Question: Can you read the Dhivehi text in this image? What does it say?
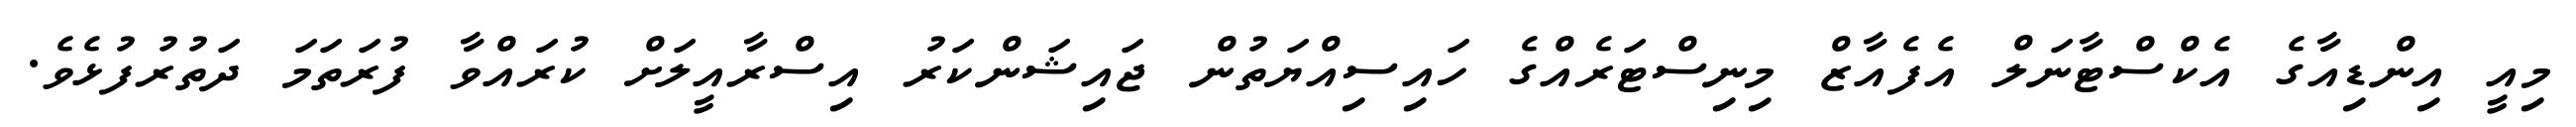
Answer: މިއީ އިންޑިއާގެ އެކްސްޓާނަލް އެފެއާޒް މިނިސްޓަރެއްގެ ހައިސިއްޔަތުން ޖައިޝަންކަރު އިސްރާއީލަށް ކުރައްވާ ފުރަތަމަ ދަތުރުފުޅެވެ.